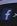
f